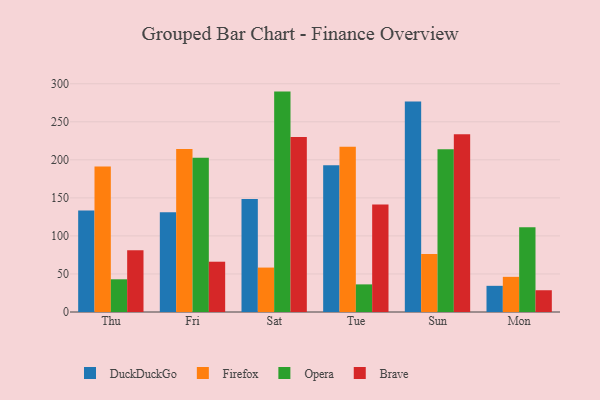
{"axis": {"x": "Day", "y": "Customer Acquisition Cost (USD)"}, "legend": ["Brave", "DuckDuckGo", "Firefox", "Opera"], "data": [{"x": "Thu", "y": 133.4, "type": "DuckDuckGo"}, {"x": "Thu", "y": 191.3, "type": "Firefox"}, {"x": "Thu", "y": 43.0, "type": "Opera"}, {"x": "Thu", "y": 81.3, "type": "Brave"}, {"x": "Fri", "y": 131.2, "type": "DuckDuckGo"}, {"x": "Fri", "y": 214.1, "type": "Firefox"}, {"x": "Fri", "y": 202.8, "type": "Opera"}, {"x": "Fri", "y": 66.1, "type": "Brave"}, {"x": "Sat", "y": 148.5, "type": "DuckDuckGo"}, {"x": "Sat", "y": 58.4, "type": "Firefox"}, {"x": "Sat", "y": 289.7, "type": "Opera"}, {"x": "Sat", "y": 230.0, "type": "Brave"}, {"x": "Tue", "y": 193.0, "type": "DuckDuckGo"}, {"x": "Tue", "y": 217.1, "type": "Firefox"}, {"x": "Tue", "y": 36.3, "type": "Opera"}, {"x": "Tue", "y": 141.2, "type": "Brave"}, {"x": "Sun", "y": 276.7, "type": "DuckDuckGo"}, {"x": "Sun", "y": 76.1, "type": "Firefox"}, {"x": "Sun", "y": 213.9, "type": "Opera"}, {"x": "Sun", "y": 233.6, "type": "Brave"}, {"x": "Mon", "y": 34.4, "type": "DuckDuckGo"}, {"x": "Mon", "y": 46.2, "type": "Firefox"}, {"x": "Mon", "y": 111.4, "type": "Opera"}, {"x": "Mon", "y": 28.6, "type": "Brave"}]}